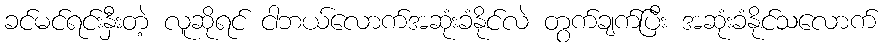
ခင်မင်ရင်းနှီးတဲ့ လူဆိုရင် ငါဘယ်လောက်အဆုံးခံနိုင်လဲ တွက်ချက်ပြီး အဆုံးခံနိုင်သလောက်